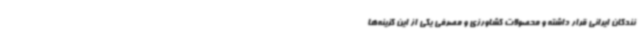
نندگان ایرانی قرار داشته و محصولات کشاورزی و مصرفی یکی از این گزینه‌ها